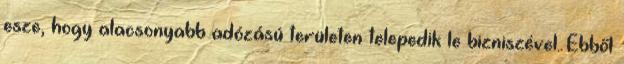
esze, hogy alacsonyabb adózású területen telepedik le bizniszével. Ebből